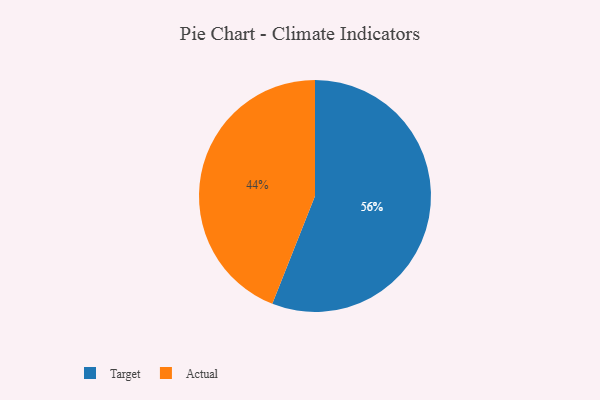
{"axis": {"x": "Category", "y": "Percentage"}, "legend": ["Actual", "Target"], "data": [{"x": "Target", "y": 56, "type": "Target"}, {"x": "Actual", "y": 44, "type": "Actual"}]}